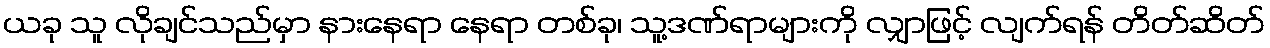
ယခု သူ လိုချင်သည်မှာ နားနေရာ နေရာ တစ်ခု၊ သူ့ဒဏ်ရာများကို လျှာဖြင့် လျက်ရန် တိတ်ဆိတ်